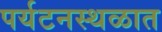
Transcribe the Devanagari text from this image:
पर्यटनस्थळात